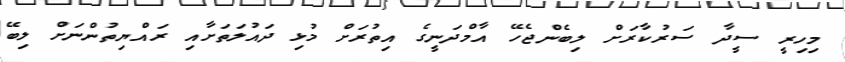
މިހިރީ ސީދާ ސަރުކާރަށް ލިބެންޖެހޭ އާމްދަނީގެ އިތުރަށް މުޅި ދައުލަތަށާއި ރައްޔިތުންނަށް ލިބޭ